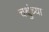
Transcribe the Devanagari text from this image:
चक्षुंच्या